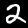
Label: 2